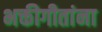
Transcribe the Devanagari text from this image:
भक्तीगीतांना